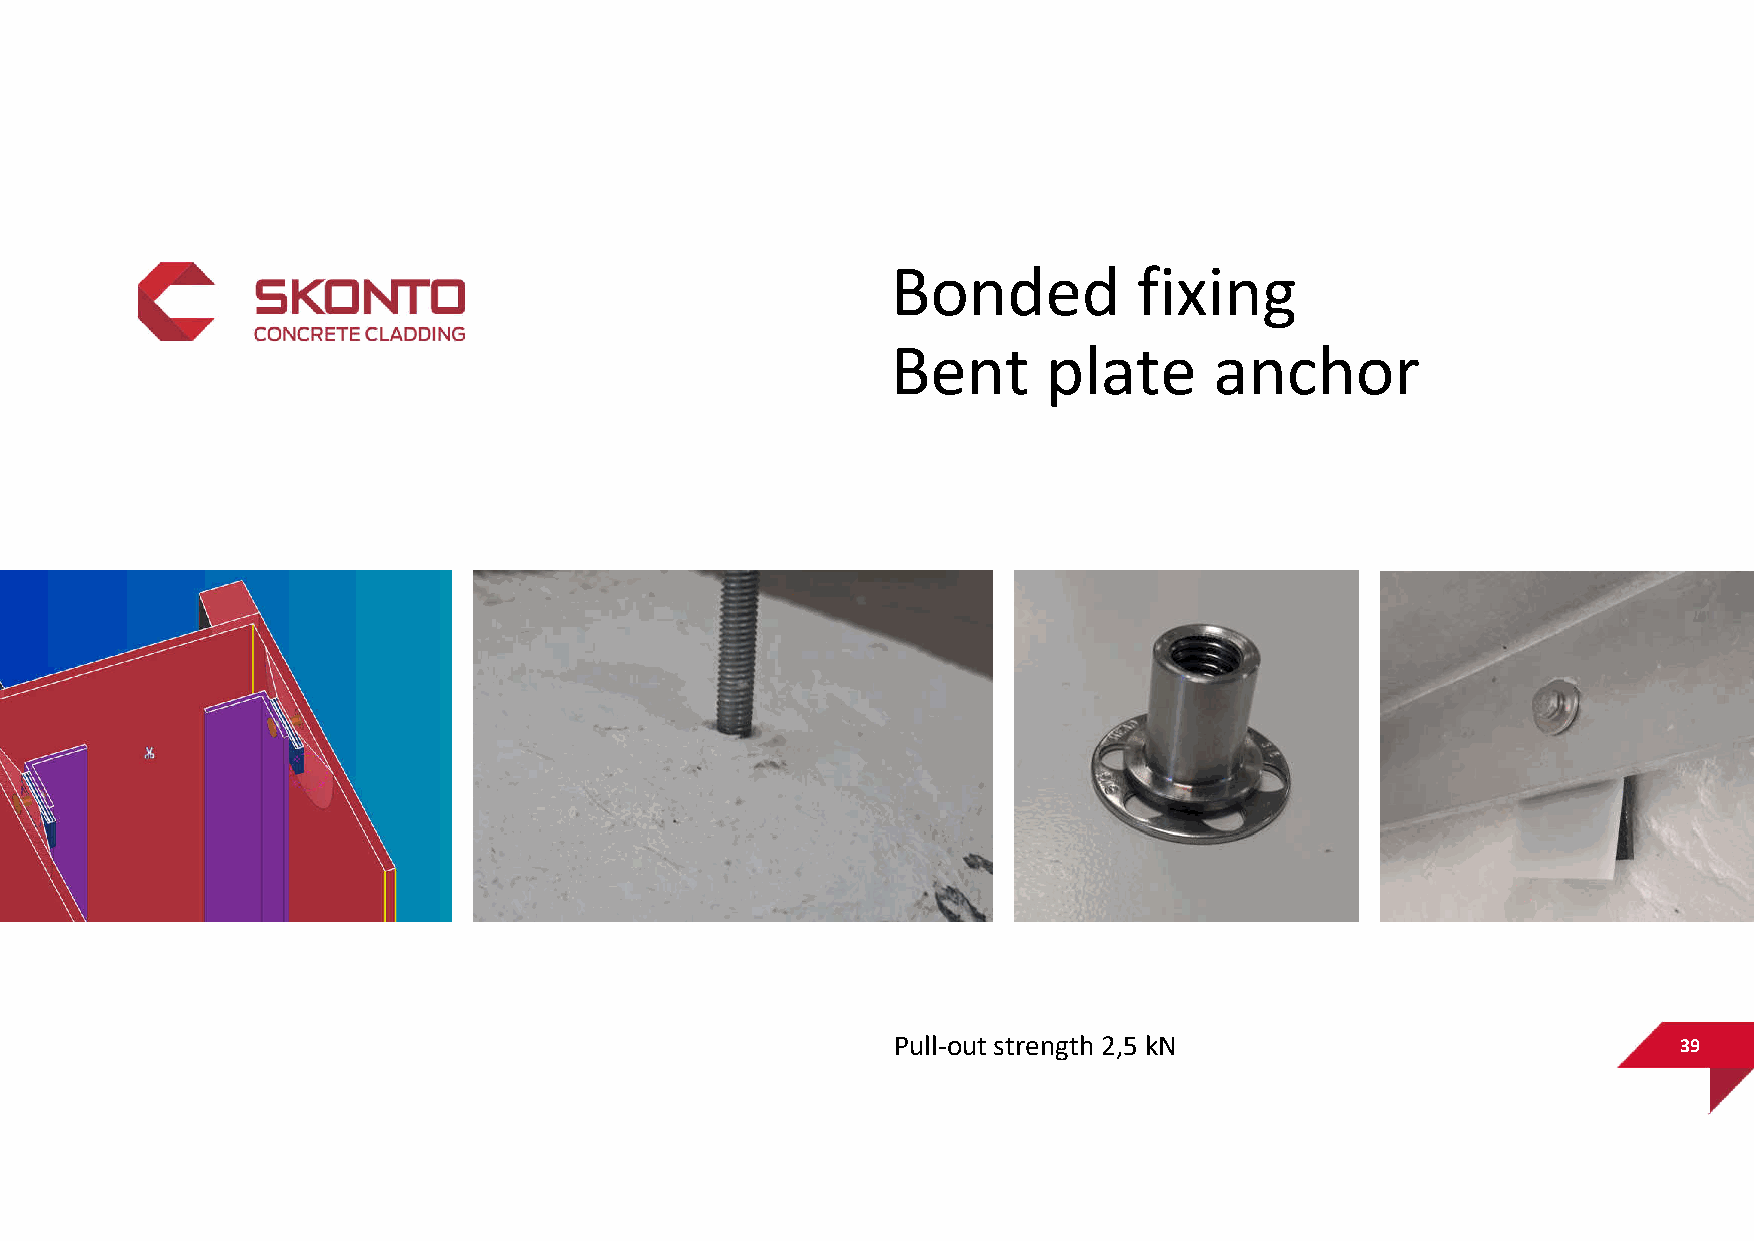
Bonded          fixing
 Bent      plate      anchor
 Pull-out strength 2,5 kN                            39